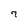
Character: 7